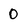
Character: 0